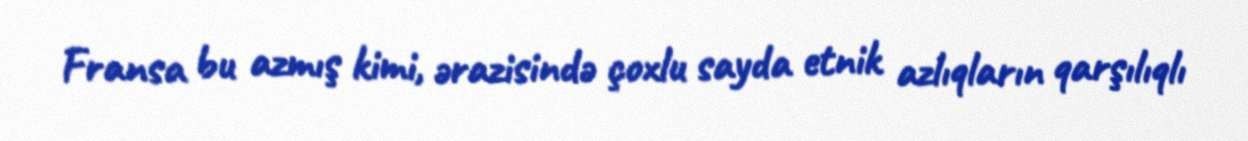
Fransa bu azmış kimi, ərazisində çoxlu sayda etnik azlıqların qarşılıqlı